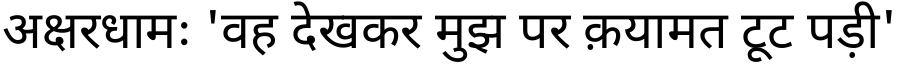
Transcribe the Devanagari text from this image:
अक्षरधामः 'वह देखकर मुझ पर क़यामत टूट पड़ी'